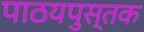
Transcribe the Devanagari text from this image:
पाठयपुस्तक